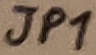
Text: JP1